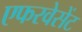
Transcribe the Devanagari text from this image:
एफरवेसेंट